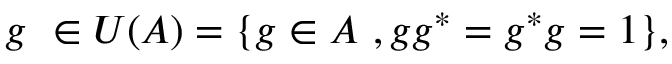
g \, \, \in { \cal U } ( { \cal A } ) = \{ g \in { \cal A } \, \, , g g ^ { * } = g ^ { * } g = 1 \} ,